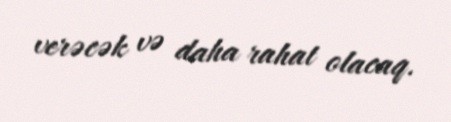
verəcək və daha rahat olacaq.